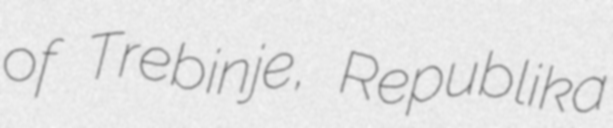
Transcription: of Trebinje, Republika